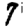
Digit: 7